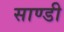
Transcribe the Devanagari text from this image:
साण्डी